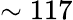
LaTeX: \sim 117